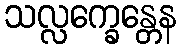
သလ္လက္ခေန္တေန